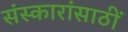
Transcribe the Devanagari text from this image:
संस्कारांसाठीं